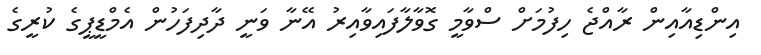
އިންޑިއާއިން ރާއްޖެ ހިފުމަށް ސްވާމީ ގޮވާލާފައިވާއިރު އޭނާ ވަނީ ދާދިފަހުން އެމްޑީޕީގެ ކުރީގެ